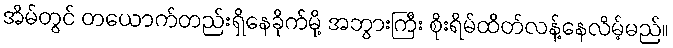
အိမ်တွင် တယောက်တည်းရှိနေခိုက်မို့ အဘွားကြီး စိုးရိမ်ထိတ်လန့်နေလိမ့်မည်။